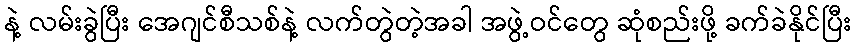
နဲ့ လမ်းခွဲပြီး အေဂျင်စီသစ်နဲ့ လက်တွဲတဲ့အခါ အဖွဲ့ဝင်တွေ ဆုံစည်းဖို့ ခက်ခဲနိုင်ပြီး